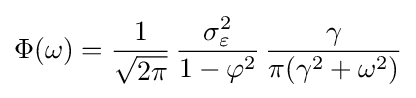
\Phi (\omega )={\frac {1}{\sqrt {2\pi }}}\,{\frac {\sigma _{\varepsilon }^{2}}{1-\varphi ^{2}}}\,{\frac {\gamma }{\pi (\gamma ^{2}+\omega ^{2})}}